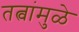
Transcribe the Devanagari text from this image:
तत्वांमुळे